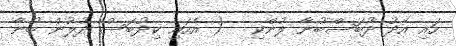
ހައި އެދު ދުބަސްބުނާ ލުންކި - ( އެހައި ކިދުބަސް ދުލުން ބުނާ